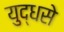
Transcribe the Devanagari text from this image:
युद्धसे